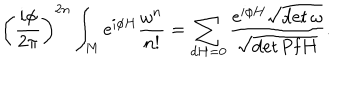
LaTeX: \left( \frac { i \phi } { { 2 \pi } } \right) ^ { 2 n } \int _ { M } \mathrm { e } ^ { i \phi H } \frac { \omega ^ { n } } { n ! } = \sum _ { d H = 0 } \frac { \mathrm { e } ^ { i \phi H } { { \sqrt { \det \omega } } } } { \sqrt { \det \mathrm { P f } H } } .